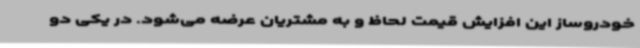
خودروساز این افزایش قیمت لحاظ و به مشتریان عرضه می‌شود. در یکی دو